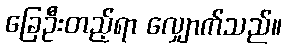
ခြေဦးတည့်ရာ လျှောက်သည်။